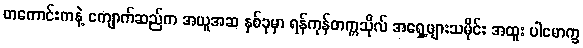
တကောင်းကနဲ့ ကျောက်ဆည်က အယူအဆ နှစ်ခုမှာ ရန်ကုန်တက္ကသိုလ် အရှေ့ဖျားသမိုင်း အထူး ပါမောက္ခ